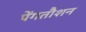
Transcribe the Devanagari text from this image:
पेंगतौशन